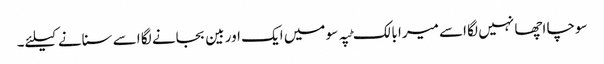
سوچا اچھا نہیں لگا اسے میرا بالک ٹپہ سو میں ایک اور بین بجانے لگا اسے سنانے کیلئے۔